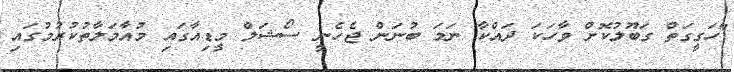
"ހަގީގަތް ގަބޫލުކޮށް ވާހަކަ ދައްކާ ނަމަ ބުނަން ޖެހެނީ ސޯޝަލް މީޑިއާގައި މުއާމަލާތުކުރުމުގައި